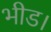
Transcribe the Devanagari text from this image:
भीड।